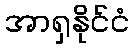
အာရှနိုင်ငံ